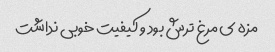
مزه ى مرغ ترش بود و کیفیت خوبى نداشت